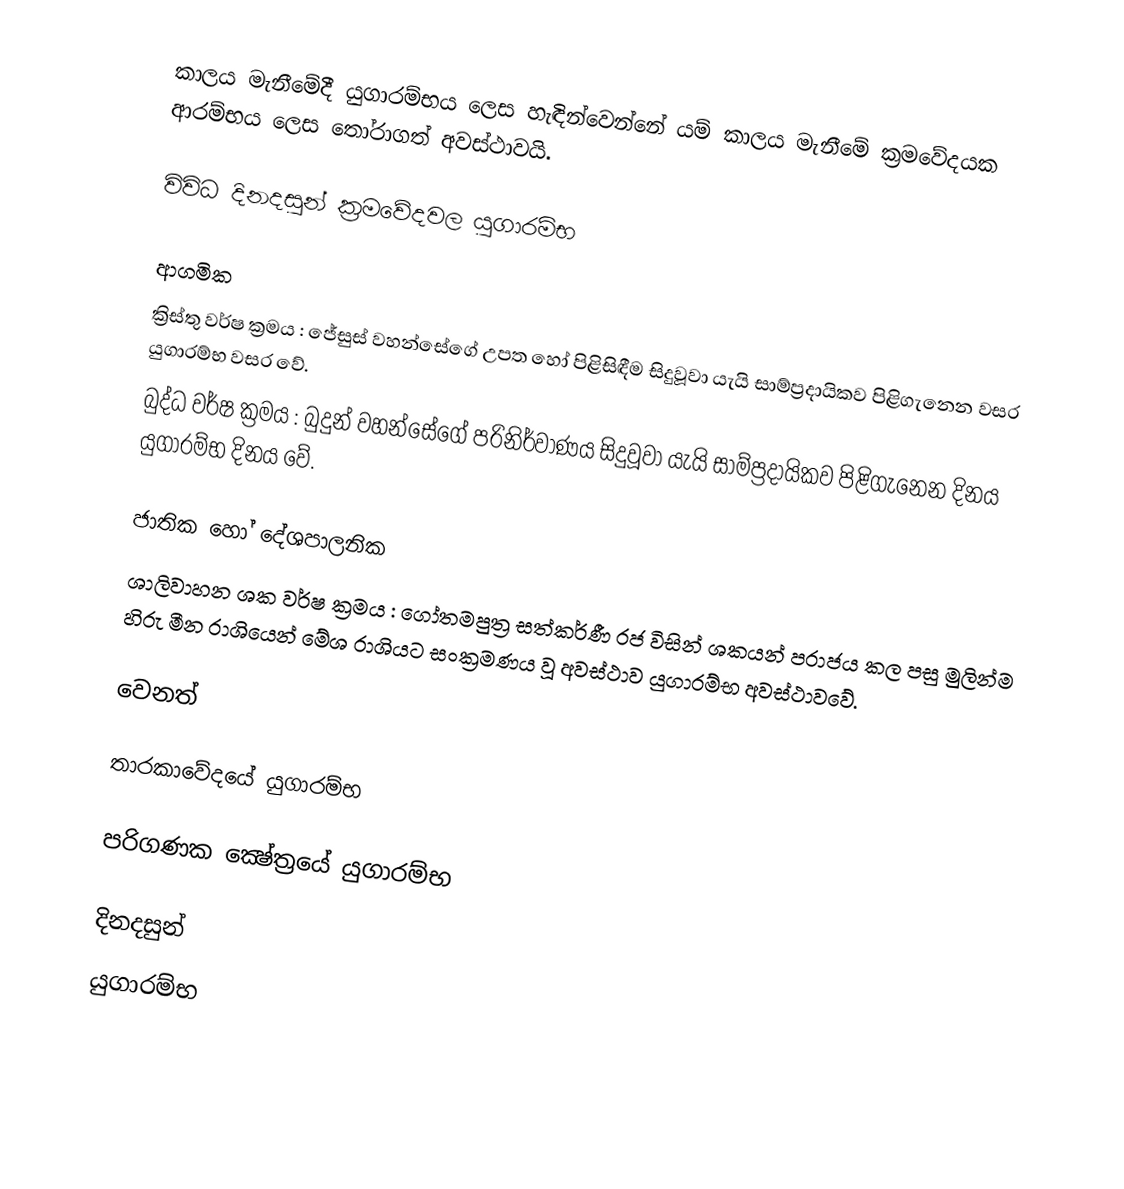
කාලය මැනීමේදී යුගාරම්භය ලෙස හැඳින්වෙන්නේ යම් කාලය මැනීමේ ක්‍රමවේදයක ආරම්භය ලෙස තෝරාගත් අවස්ථාවයි.

විවිධ දිනදසුන් ක්‍රමවේදවල යුගාරම්භ

ආගමික
 ක්‍රිස්තු වර්ෂ ක්‍රමය :  ජේසුස් වහන්සේගේ උපත හෝ පිළිසිඳීම සිදුවූවා යැයි සාම්ප්‍රදායිකව පිළිගැනෙන වසර යුගාරම්භ වසර වේ.
 බුද්ධ වර්ෂ ක්‍රමය : බුදුන් වහන්සේගේ පරිනිර්වාණය සිදුවූවා යැයි සාම්ප්‍රදායිකව පිළිගැනෙන දිනය යුගාරම්භ දිනය වේ.

ජාතික හෝ දේශපාලනික
 ශාලිවාහන ශක වර්ෂ ක්‍රමය : ගෝතමපුත්‍ර සත්කර්ණී රජ විසින් ශකයන් පරාජය කල පසු මුලින්ම හිරු මීන රාශියෙන් මේශ රාශියට සංක්‍රමණය වූ අවස්ථාව යුගාරම්භ අවස්ථාවවේ.

වෙනත්

තාරකාවේදයේ යුගාරම්භ

පරිගණක ක්‍ෂේත්‍රයේ යුගාරම්භ

දිනදසුන්
යුගාරම්භ